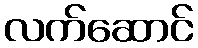
လက်ဆောင်